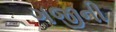
ગજીની